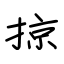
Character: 掠